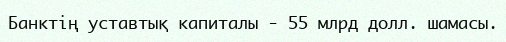
Банктің уставтық капиталы - 55 млрд долл. шамасы.